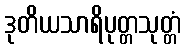
ဒုတိယသာရိပုတ္တသုတ္တံ